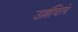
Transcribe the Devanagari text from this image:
उल्लंघिले